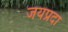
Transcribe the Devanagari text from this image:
जयप्रदा